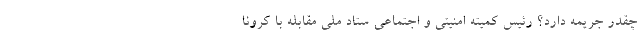
چقدر جریمه دارد؟ رئیس کمیته امنیتی و اجتماعی ستاد ملی مقابله با کرونا